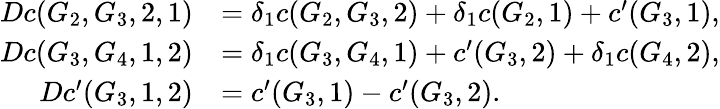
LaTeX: \begin{array}{rl}{Dc(G_{2},G_{3},2,1)}&{=\delta_{1}c(G_{2},G_{3},2)+\delta_{1}c(G_{2},1)+c^{\prime}(G_{3},1),}\\ {Dc(G_{3},G_{4},1,2)}&{=\delta_{1}c(G_{3},G_{4},1)+c^{\prime}(G_{3},2)+\delta_{1}c(G_{4},2),}\\ {Dc^{\prime}(G_{3},1,2)}&{=c^{\prime}(G_{3},1)-c^{\prime}(G_{3},2).}\end{array}